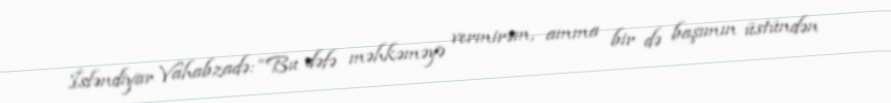
İsfəndiyar Vahabzadə: “Bu dəfə məhkəməyə vermirəm, amma bir də başımın üstündən